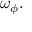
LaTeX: \omega _ { \phi } .